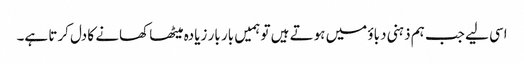
اسی لیے جب ہم ذہنی دباؤ میں ہوتے ہیں تو ہمیں بار بار زیادہ میٹھا کھانے کا دل کرتا ہے۔